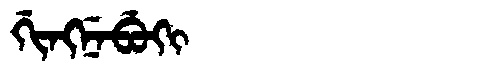
Manchu: ᡤᡳᠩᠨᡝᠪᡠᡴᡳ
Romanization: GINGNEBUKI